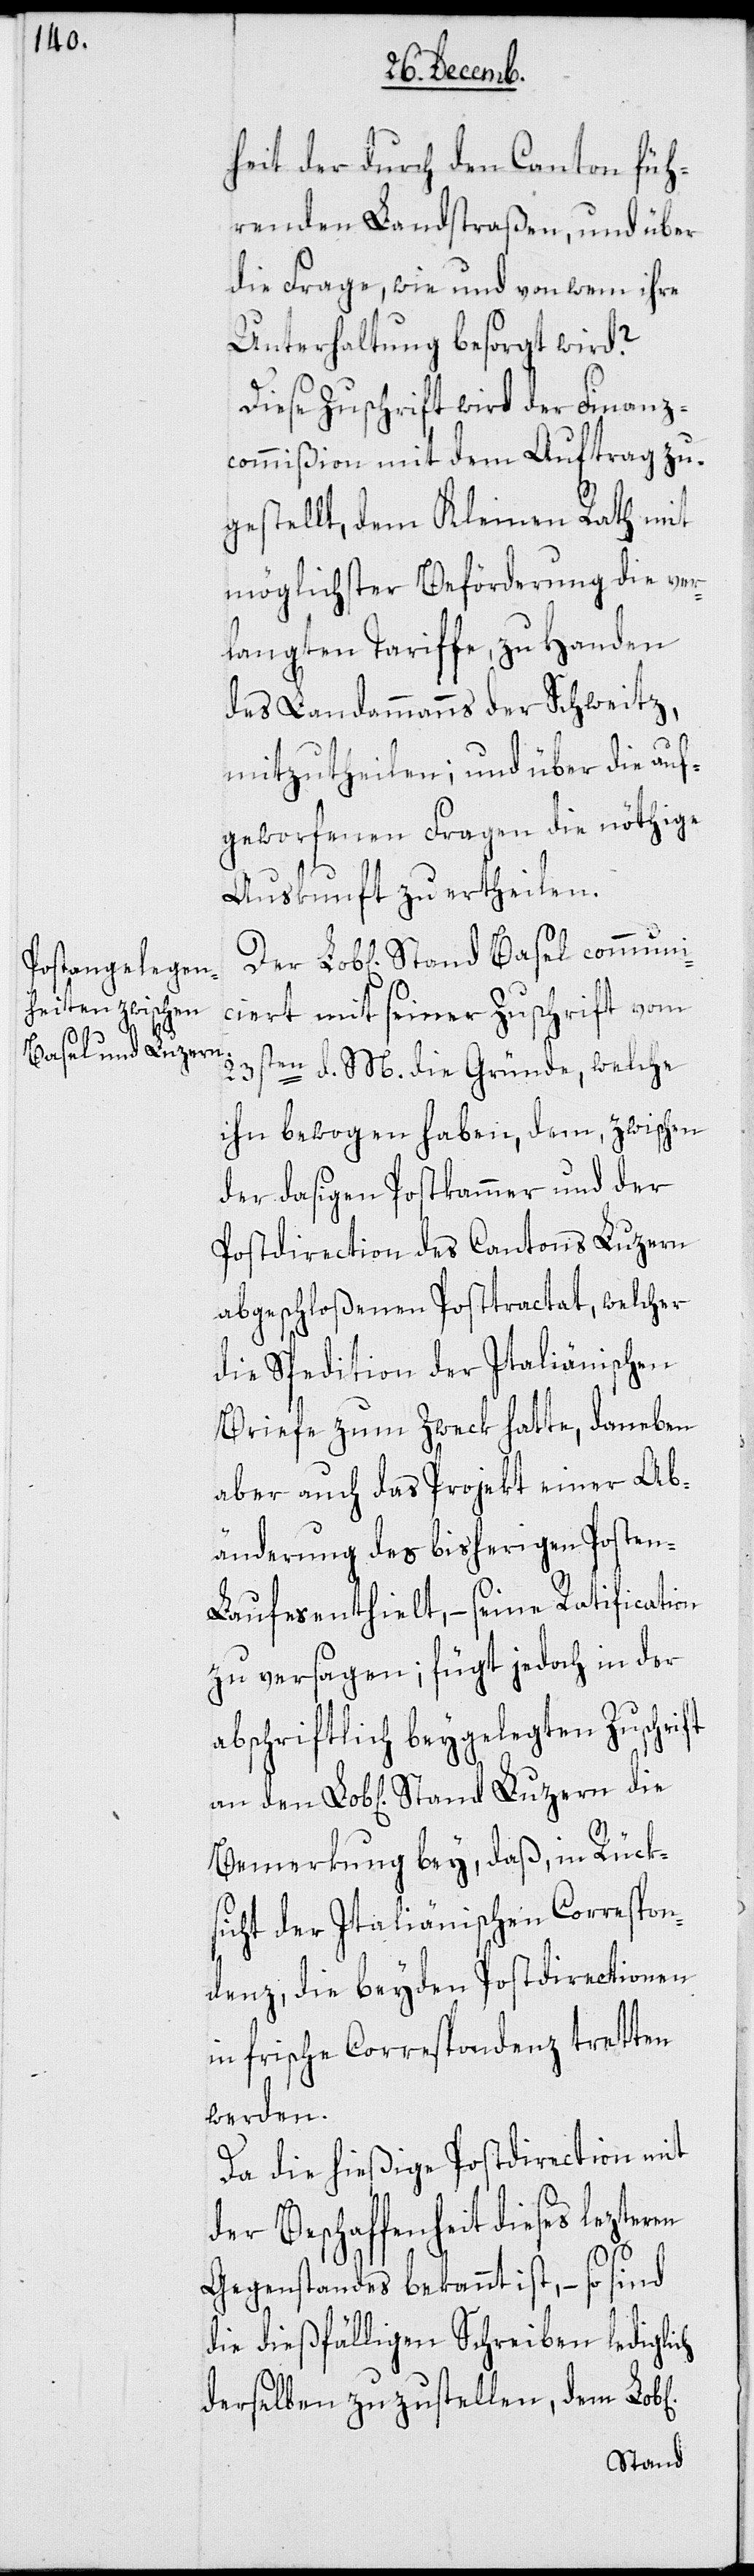
Basel communi¬

heit der durch den Canton füh¬
renden Landstraßen, und über
die Frage, wie und von wem ihre
Unterhaltung besorgt wird?
Diese Zuschrift wird der Finanz¬
commißion mit dem Auftrag zu¬
gestellt, dem Kleinen Rath mit
möglichster Beförderung die ver¬
langten Tariffe zu Handen
des Landammanns der Schweitz
mitzutheilen; und über die auf¬
geworfenen Fragen die nöthige
Auskunft zu ertheilen.
ciert mit seiner Zuschrift vom
23sten d. M. die Gründe, welche
ihn bewogen haben, dem, zwischen
der dasigen Postkammer und der
Postdirection des Cantons Luzern
abgeschloßenen Posttractat, welcher
die Spedition der Italiänischen
Briefe zum Zweck hatte, daneben
aber auch das Projekt einer Ab¬
änderung des bisherigen Posten-L¬
aufes enthielt, – seine Ratification
zu versagen; fügt jedoch in der
abschriftlich beygelegten Zuschrift
Bemerkung bey, daß in Rück¬
sicht der Italiänischen Correspon¬
denz, die beyden Postdirectionen
in frische Correspondenz tretten
werden.
Da die hießige Postdirection mit
der Beschaffenheit dieses lezteren
Gegenstandes bekannt ist, – so sind
die dießfälligen Schreiben lediglich
derselben zuzustellen, dem Lob[l¬
ichen]